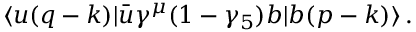
\langle u ( q - k ) | \bar { u } \gamma ^ { \mu } ( 1 - \gamma _ { 5 } ) b | b ( p - k ) \rangle \, .